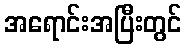
အရောင်းအပြီးတွင်